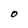
Character: O